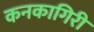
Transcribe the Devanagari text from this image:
कनकागिरी